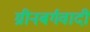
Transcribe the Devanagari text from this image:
ग्रीनबर्गवादी